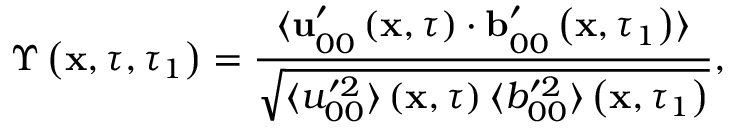
\Upsilon \left( \mathbf { x } , \tau , \tau _ { 1 } \right) = \frac { \langle \mathbf { u } _ { 0 0 } ^ { \prime } \left( \mathbf { x } , \tau \right) \cdot \mathbf { b } _ { 0 0 } ^ { \prime } \left( \mathbf { x } , \tau _ { 1 } \right) \rangle } { \sqrt { \langle u _ { 0 0 } ^ { \prime 2 } \rangle \left( \mathbf { x } , \tau \right) \langle b _ { 0 0 } ^ { \prime 2 } \rangle \left( \mathbf { x } , \tau _ { 1 } \right) } } ,